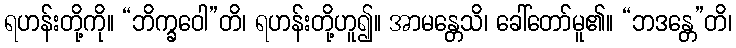
ရဟန်းတို့ကို။ “ဘိက္ခဝေါ”တိ၊ ရဟန်းတို့ဟူ၍။ အာမန္တေသိ၊ ခေါ်တော်မူ၏။ “ဘဒန္တေ”တိ၊